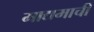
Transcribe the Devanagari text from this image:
माद्यमाची